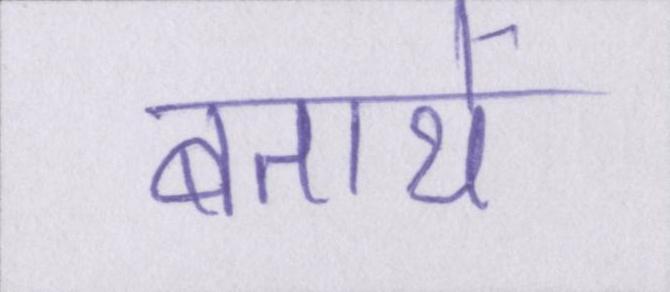
बतायें